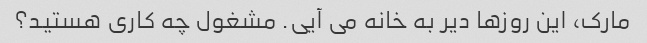
مارک، این روزها دیر به خانه می آیی. مشغول چه کاری هستید؟